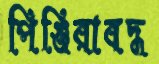
পিঞ্জিরাবদ্ধ